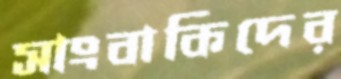
সাংবাকিদের